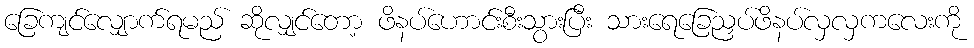
ခြေကျင်လျှောက်ရမည် ဆိုလျှင်တော့ ဖိနပ်ဟောင်းစီးသွားပြီး သားရေခြေညှပ်ဖိနပ်လှလှကလေးကို